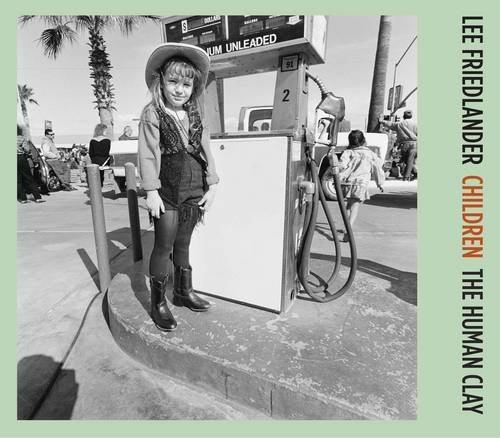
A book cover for Children: The Human Clay; Lee Friedlander; Arts & Photography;